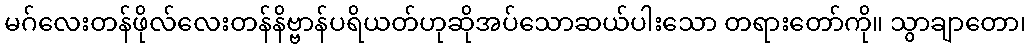
မဂ်လေးတန်ဖိုလ်လေးတန်နိဗ္ဗာန်ပရိယတ်ဟုဆိုအပ်သောဆယ်ပါးသော တရားတော်ကို။ သွာချာတော၊